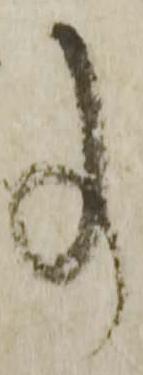
事